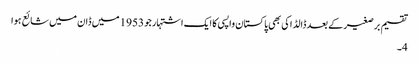
تقسیم برصغیر کے بعد ڈالڈاکی بھی پاکستان واپسی کا ایک اشتہارجو 1953 میں ڈان میں شائع ہوا
4۔